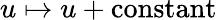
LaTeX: u\mapsto u+\mathrm{constant}